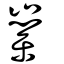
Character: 嶪